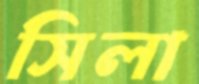
সিলা